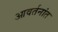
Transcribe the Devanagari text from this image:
आवर्तनांत